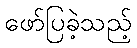
ဖော်ပြခဲ့သည့်